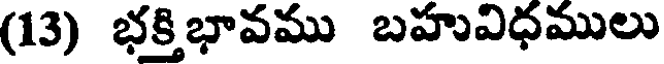
(13) భక్తి భావము బహువిధములు